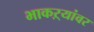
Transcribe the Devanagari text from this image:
भाकऱ्यांवर